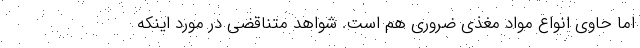
اما حاوی انواع مواد مغذی ضروری هم است. شواهد متناقضی در مورد اینکه